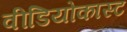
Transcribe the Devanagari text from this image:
वीडियोकास्ट